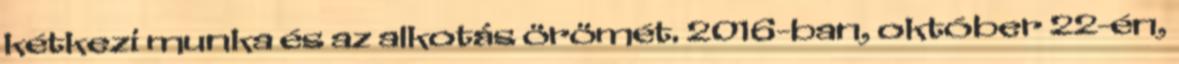
kétkezi munka és az alkotás örömét. 2016-ban, október 22-én,